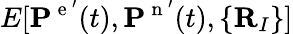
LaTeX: E[\mathbf{P}^{\mathrm{~e~}^{\prime}}(t),\mathbf{P}^{\mathrm{~n~}^{\prime}}(t),\{ \mathbf{R}_{I}\} ]